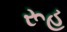
રૂહ